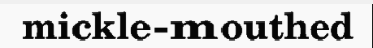
mickle-mouthed